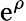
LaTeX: \mathrm{e}^{\rho}